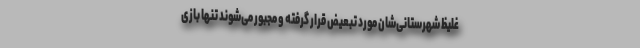
غلیظ شهرستانی‌شان مورد تبعیض قرار گرفته و مجبور می‌شوند تنها بازی